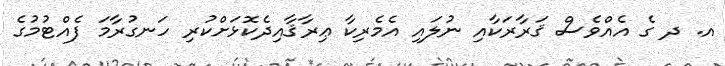
އ. ދ ގެ އެއްވެސް ޤަރާރަކާއި ނުލައި އެމެރިކާ ޢިރާޤާއިދެކޮޅަށްކުރި ހަނގުރާމަ ފެއްޓުމުގެ